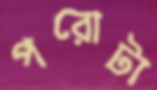
পরোটা